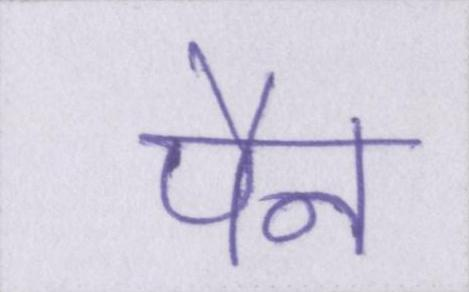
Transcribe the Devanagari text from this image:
पैन